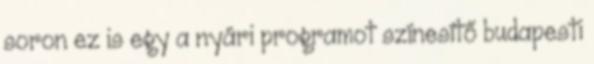
soron ez is egy a nyári programot színesítő budapesti